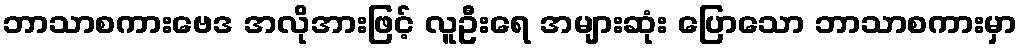
ဘာသာစကားဗေဒ အလိုအားဖြင့် လူဦးရေ အများဆုံး ပြောသော ဘာသာစကားမှာ